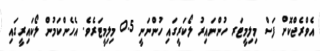
އެވްރެޖްކޮށް ފަސް މިލިމީޓަރ ހުންނައިރު ލޯކަރީގައި ހުންނަނީ 0.5 މިލިމީޓަރެވެ. އެހެންކަމުން ލޯކައިރީގައި